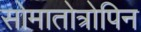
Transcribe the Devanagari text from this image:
सोमातोत्रोपिन